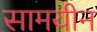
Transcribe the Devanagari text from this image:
सामयीन